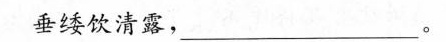
垂缕饮清露，____。